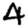
Digit: 4